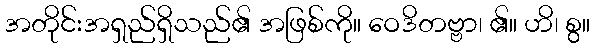
အတိုင်းအရှည်ရှိသည်၏ အဖြစ်ကို။ ဝေဒိတဗ္ဗာ၊ ၏။ ဟိ၊ စွ။